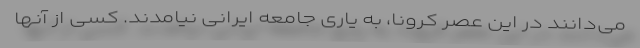
می‌دانند در این عصر کرونا، به یاری جامعه ایرانی نیامدند. کسی از آنها